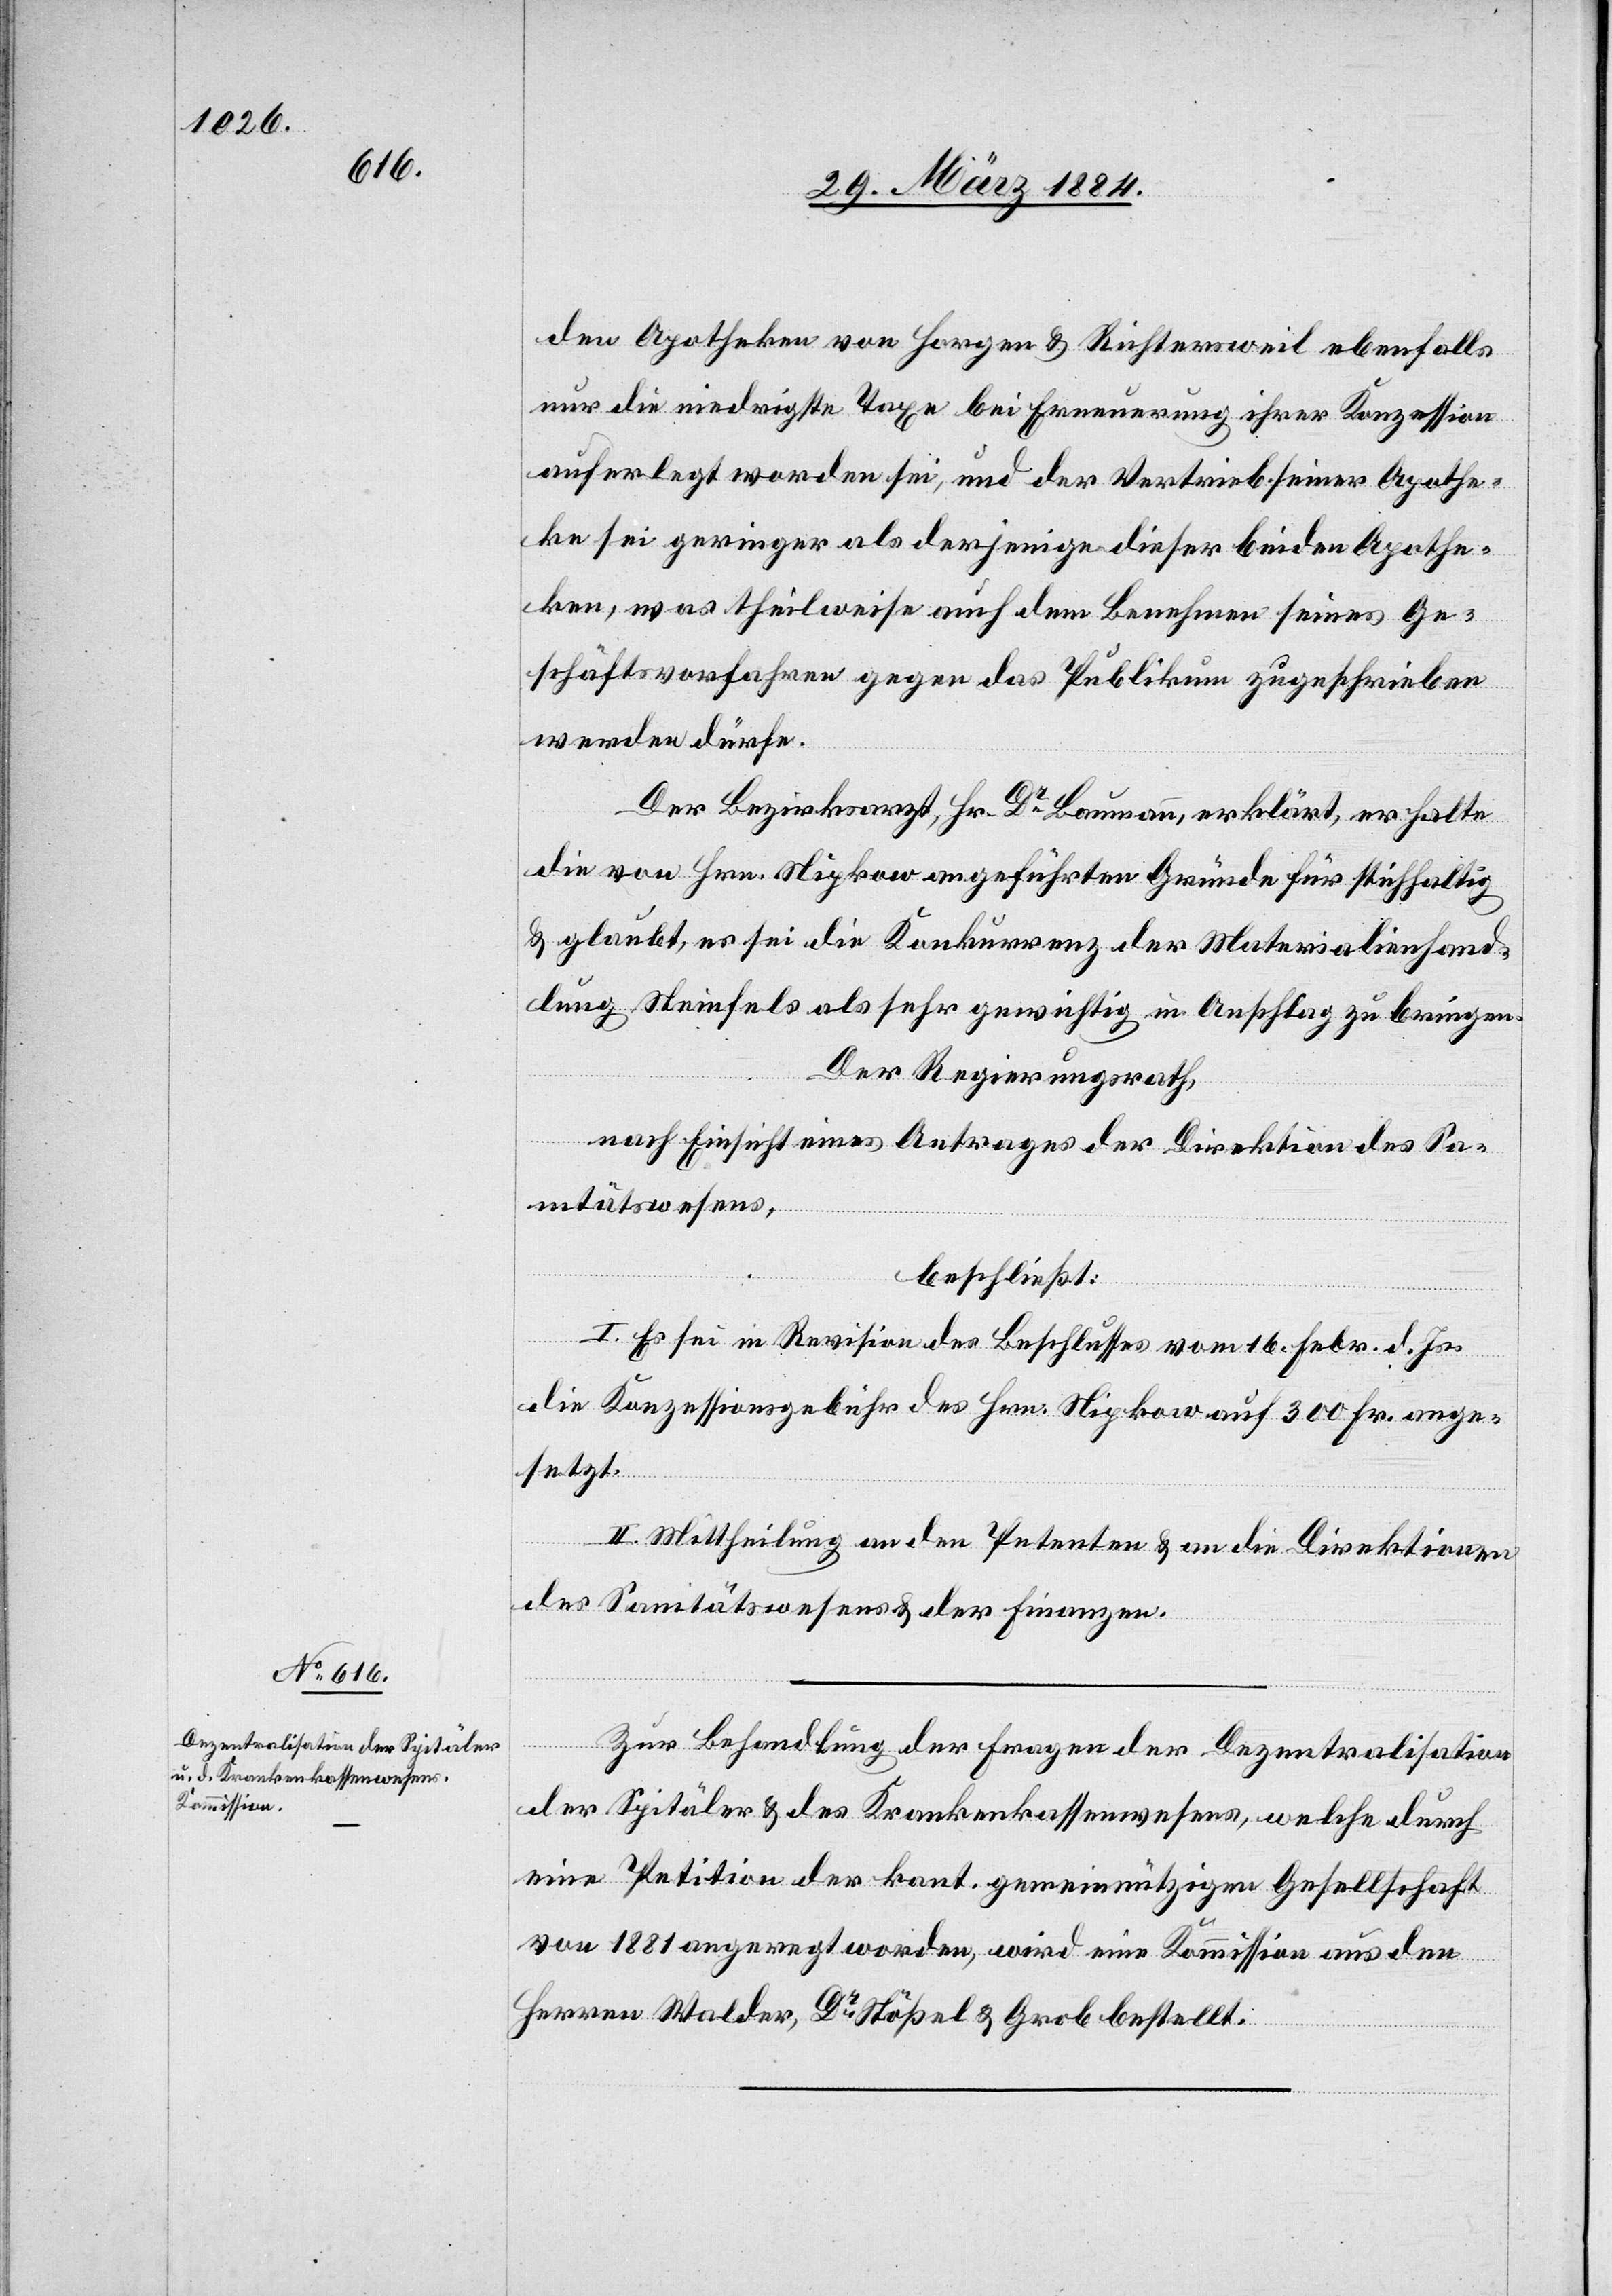
den Apotheken von Horgen & Richtersweil ebenfalls
nur die niedrigste Taxe bei Erneuerung ihrer Konzession
auferlegt worden sei, und der Vertrieb seiner Apothe¬
ke sei geringer als derjenige dieser beiden Apothe¬
ken, was theilweise auch dem Benehmen seines Ge¬
schäftsvorfahren gegen das Publikum zugeschrieben
werden dürfte.
Der Bezirksarzt, Hr. Dr Baumann, erklärt, er halte
die von Hrn. Nipkow angeführten Gründe für stichhaltig
& glaubt, es sei die Konkurrenz der Materialienhand¬
lung Steinfels als sehr gewichtig in Anschlag zu bringen.
Der Regierungsrath,
nach Einsicht eines Antrages der Direktion des Sa¬
nitätswesens,
beschließt:
I. Es sei in Revision des Beschlusses vom 16. Febr. d. Js.
die Konzessionsgebühr des Hrn. Nipkow auf 300 Fr. ange¬
setzt.
II. Mittheilung an den Petenten & an die Direktionen
des Sanitätswesens & der Finanzen.
Zur Behandlung der Frage der Dezentralisation
der Spitäler & des Krankenkassenwesens, welche durch
eine Petition der kant. gemeinnützigen Gesellschaft
von 1881 angeregt worden, wird eine Kommission aus den
Herren Walder, Dr Stößel & Grob bestellt.